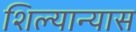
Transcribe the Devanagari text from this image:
शिल्यान्यास